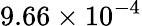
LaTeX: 9.66\times 10^{-4}